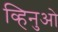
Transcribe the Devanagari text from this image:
व्हिनुओ